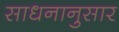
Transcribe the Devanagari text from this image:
साधनानुसार